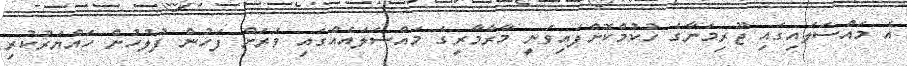
އެ މައްސަލައިގައި ޖޫރިމަނާގެ ހުކުމްކޮށްފައިވަނީ މާރާމާރީގެ މައްސަލައެއްގައި ވަރަށް ފަހުން ފުލުހުން ހައްޔަރުކުރި